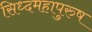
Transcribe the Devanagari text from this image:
सिध्दमहापुरुष